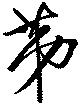
荑